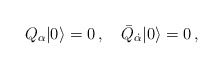
\begin{align*}Q_\alpha|0\rangle=0\,, \quad \bar Q_{\dot\alpha}|0\rangle=0\,,\end{align*}